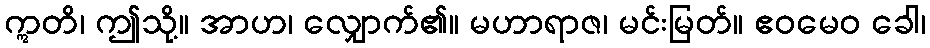
ဣတိ၊ ဤသို့။ အာဟ၊ လျှောက်၏။ မဟာရာဇ၊ မင်းမြတ်။ ဧဝမေဝ ခေါ၊